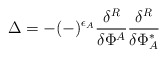
\begin{align*}\Delta = - (-)^{\epsilon_A}\frac{\delta^R}{\delta\Phi^A}\frac{\delta^R}{\delta\Phi^*_A}\end{align*}